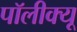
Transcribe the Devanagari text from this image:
पॉलीक्यू